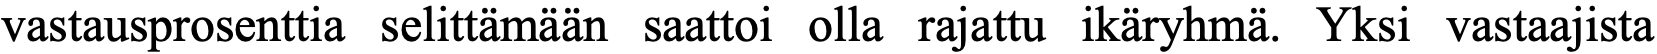
vastausprosenttia selittämään saattoi olla rajattu ikäryhmä. Yksi vastaajista